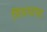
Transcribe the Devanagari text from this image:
पियातसा